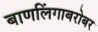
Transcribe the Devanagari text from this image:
बाणलिंगाबरोबर